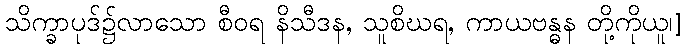
သိက္ခာပုဒ်၌လာသော စီဝရ နိသီဒန, သူစိဃရ, ကာယဗန္ဓန တို့ကိုယူ၊]